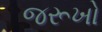
જરૂખો